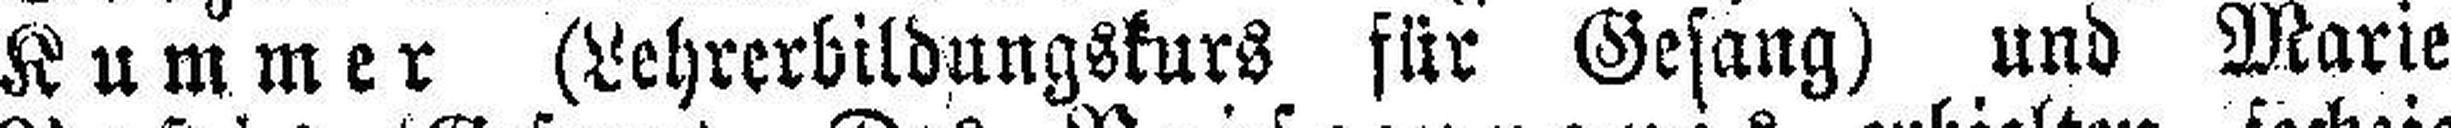
Kummer (Lehrerbildungskurs für Gesang) und Marie